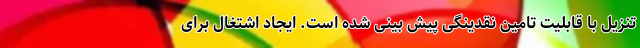
تنزیل با قابلیت تامین نقدینگی پیش بینی شده است. ایجاد اشتغال برای